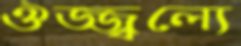
ঔজ্জ্বল্যে